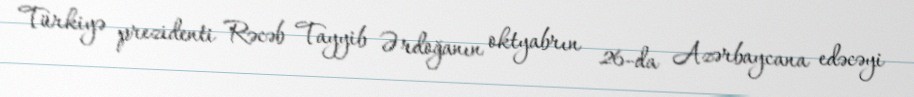
Türkiyə prezidenti Rəcəb Tayyib Ərdoğanın oktyabrın 26-da Azərbaycana edəcəyi